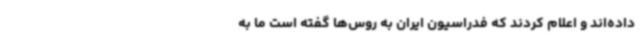
داده‌اند و اعلام کردند که فدراسیون ایران به روس‌ها گفته است ما به